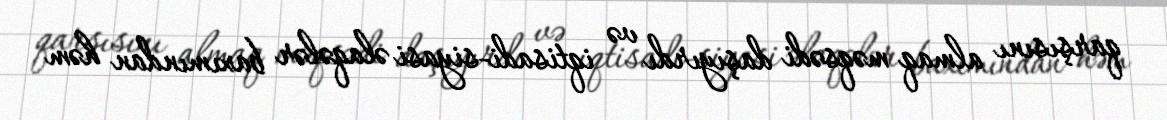
qarşısını almaq məqsədi daşıyırdı və iqtisadi-siyasi əlaqələr baxımından həm